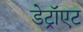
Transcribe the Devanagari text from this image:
डेट्रॉएट